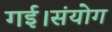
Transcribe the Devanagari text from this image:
गई।संयोग